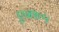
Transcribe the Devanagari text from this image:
एन७५